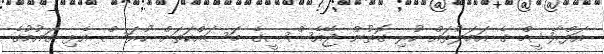
އަފްރާޝީމް ގެ އަމަލުތައް ހުރި ގޮތުން ޖޭއެސްސީގެ މަސައްކަތަށް ހުރަސް އެޅި ގައުމުގެ